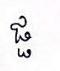
ផ្ផ